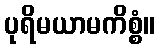
ပုရိမယာမကိစ္စံ။